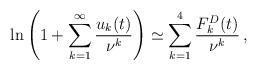
\begin{align*}\ln\left ( 1+\sum_{k=1}^{\infty}\frac{u_k(t)}{\nu^k}\right )\simeq\sum_{k=1}^{4}\frac{F^D_k(t)}{\nu^k}\,{,}\end{align*}